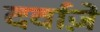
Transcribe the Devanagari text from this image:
दर्वाज़े